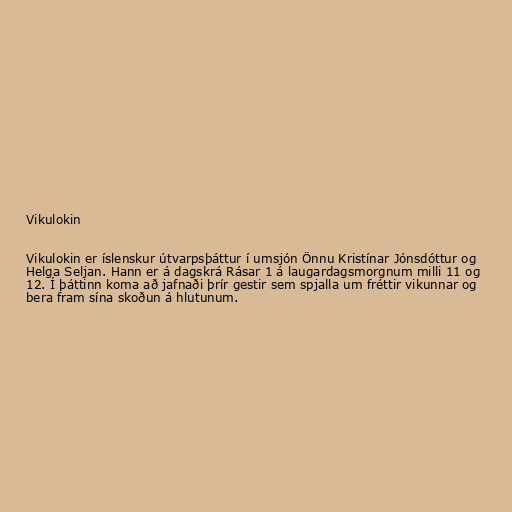
Vikulokin

Vikulokin er íslenskur útvarpsþáttur í umsjón Önnu Kristínar Jónsdóttur og
Helga Seljan. Hann er á dagskrá Rásar 1 á laugardagsmorgnum milli 11 og
12. Í þáttinn koma að jafnaði þrír gestir sem spjalla um fréttir vikunnar og
bera fram sína skoðun á hlutunum.